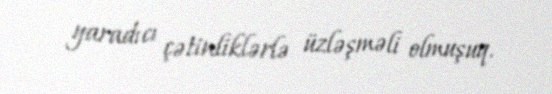
yaradıcı çətinliklərlə üzləşməli olmuşuq.